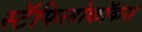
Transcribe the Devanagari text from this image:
स्टॅफिलोकॉकस